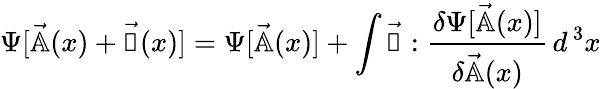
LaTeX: \Psi[\vec{\mathbb{A}}(x)+\vec{\mathbb{a}}(x)]=\Psi[\vec{\mathbb{A}}(x)]+\int\vec{\mathbb{a}}:{\frac{\delta\Psi[\vec{\mathbb{A}}(x)]}{\delta\vec{\mathbb{A}}(x)}}\, d^{\, 3}x